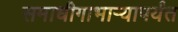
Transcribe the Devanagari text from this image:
समाधीगाभाऱ्यापर्यंत